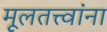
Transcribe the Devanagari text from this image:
मूलतत्त्वांना